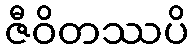
ဇီဝိတဿပိ